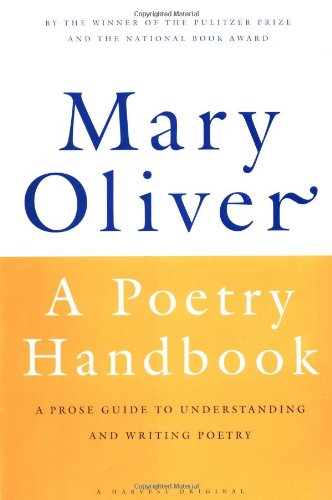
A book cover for A Poetry Handbook; Mary Oliver; Literature & Fiction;